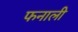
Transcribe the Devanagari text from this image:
फनाली